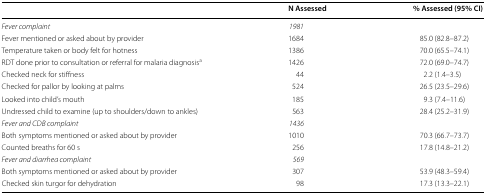
<table><thead><tr><td></td><td><b>N Assessed</b></td><td><b>% Assessed (95% CI)</b></td></tr></thead><tbody><tr><td><i>Fever complaint</i></td><td><i>1981</i></td><td></td></tr><tr><td>Fever mentioned or asked about by provider</td><td>1684</td><td>85.0 (82.8–87.2)</td></tr><tr><td>Temperature taken or body felt for hotness</td><td>1386</td><td>70.0 (65.5–74.1)</td></tr><tr><td>RDT done prior to consultation or referral for malaria diagnosis<sup>a</sup></td><td>1426</td><td>72.0 (69.0–74.7)</td></tr><tr><td>Checked neck for stiffness</td><td>44</td><td>2.2 (1.4–3.5)</td></tr><tr><td>Checked for pallor by looking at palms</td><td>524</td><td>26.5 (23.5–29.6)</td></tr><tr><td>Looked into child’s mouth</td><td>185</td><td>9.3 (7.4–11.6)</td></tr><tr><td>Undressed child to examine (up to shoulders/down to ankles)</td><td>563</td><td>28.4 (25.2–31.9)</td></tr><tr><td><i>Fever and CDB complaint</i></td><td><i>1436</i></td><td></td></tr><tr><td>Both symptoms mentioned or asked about by provider</td><td>1010</td><td>70.3 (66.7–73.7)</td></tr><tr><td>Counted breaths for 60 s</td><td>256</td><td>17.8 (14.8–21.2)</td></tr><tr><td><i>Fever and diarrhea complaint</i></td><td><i>569</i></td><td></td></tr><tr><td>Both symptoms mentioned or asked about by provider</td><td>307</td><td>53.9 (48.3–59.4)</td></tr><tr><td>Checked skin turgor for dehydration</td><td>98</td><td>17.3 (13.3–22.1)</td></tr></tbody></table>